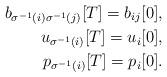
LaTeX: \begin{align*}b_{\sigma^{-1}(i)\sigma^{-1}(j)}[T]=b_{ij}[0],\\u_{\sigma^{-1}(i)}[T]=u_{i}[0],\\p_{\sigma^{-1}(i)}[T]=p_{i}[0].\end{align*}